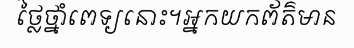
ថ្លៃថ្នាំពេទ្យនោះ។អ្នកយកព័ត៌មាន